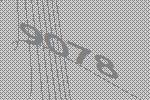
9078